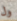
ول